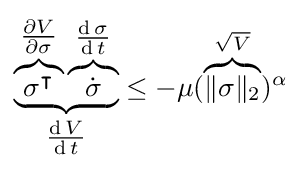
\underbrace {\overbrace {\sigma ^{\intercal }} ^{\tfrac {\partial V}{\partial \sigma }}\overbrace {\dot {\sigma }} ^{\tfrac {\operatorname {d} \sigma }{\operatorname {d} t}}} _{\tfrac {\operatorname {d} V}{\operatorname {d} t}}\leq -\mu ({\mathord {\overbrace {\|\sigma \|_{2}} ^{\sqrt {V}}}})^{\alpha }